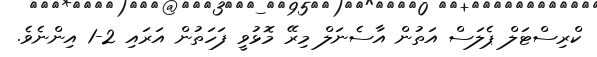
ކްރިސްޓަލް ޕެލަސް އަތުން އާސެނަލް މިރޭ މޮޅުވީ ފަހަތުން އަރައި 2-1 އިންނެވެ.